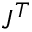
J ^ { T }